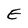
Character: E